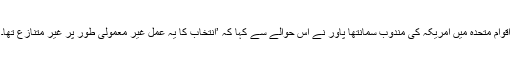
اقوامِ متحدہ میں امریکہ کی مندوب سمانتھا پاور نے اس حوالے سے کہا کہ ’انتخاب کا یہ عمل غیر معمولی طور پر غیر متنازع تھا۔